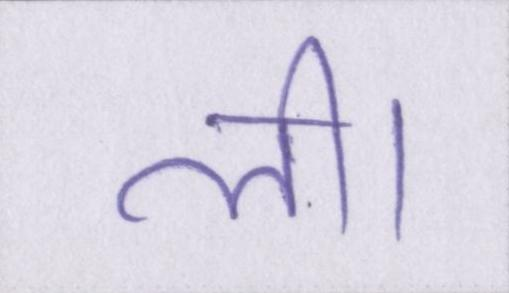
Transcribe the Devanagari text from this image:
ली।